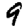
Digit: 9